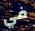
في